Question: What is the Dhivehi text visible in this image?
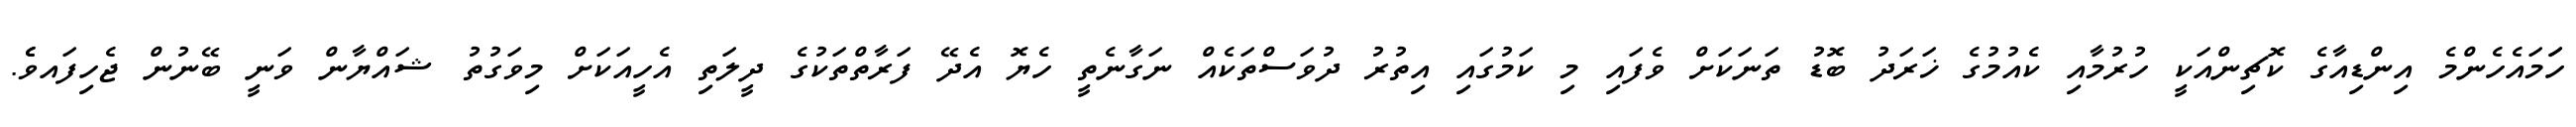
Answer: ހަަމައެހެންމެ އިންޑިއާގެ ކޮޗިންއަކީ ހުރުމާއި ކެއުމުގެ ޚަރަދު ބޮޑު ތަނަކަށް ވެފައި މި ކަމުގައި އިތުރު ދުވަސްތަކެއް ނަގާނެތީ ހެޔޮ އެދޭ ފަރާތްތަކުގެ ދީލަތި އެހީއަކަށް މިވަގުތު ޝައްޔާން ވަނީ ބޭނުން ޖެހިފައވެެ.